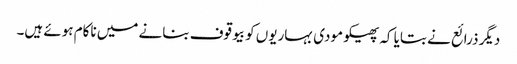
دیگر ذرائع نے بتایا کہ پھیکو مودی بہاریوں کو بیوقوف بنانے میں ناکام ہوئے ہیں۔